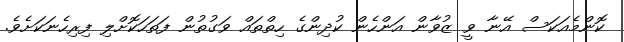
ކޮންމެއަކަސް އޭނާ ވީ ޒުވާން އަންހެން ކުދިންގެ ހިތްތައް ވަގުތުން ފަތަހަކޮށްލި ފިރިހެނަކަށެވެ.